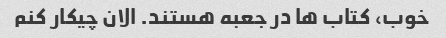
خوب، کتاب ها در جعبه هستند. الان چیکار کنم